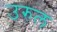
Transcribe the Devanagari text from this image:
उरुल